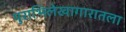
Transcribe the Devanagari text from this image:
पुराभिलेखागारातला